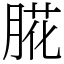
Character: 㬸